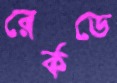
রের্কডে